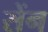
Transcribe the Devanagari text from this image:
सेंन